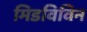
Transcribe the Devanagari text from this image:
मिडविविन